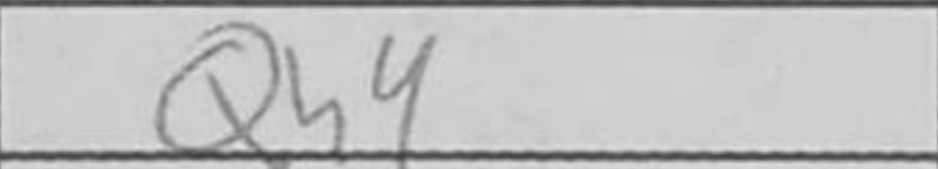
Transcription: Qh4